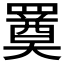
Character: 𦌚